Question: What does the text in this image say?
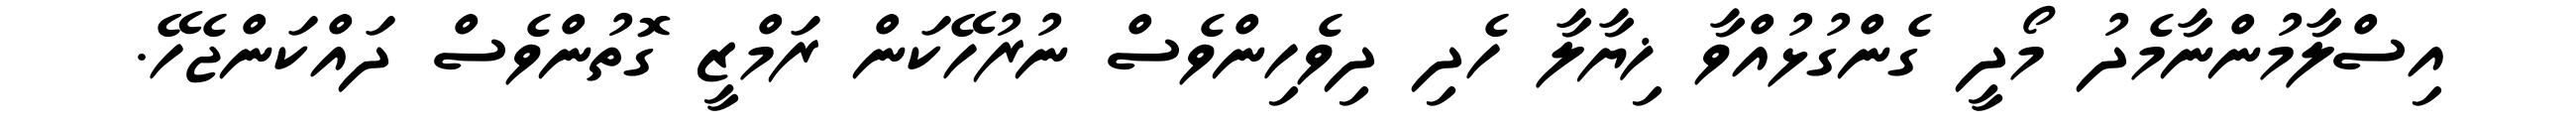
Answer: އިސްލާމުންނާމެދު މޯދީ ގެންގުޅުއްވާ ޚިޔާލާ ހެދި ދިވެހިންވެސް ނުރުހޭކަން ރަމްޒީ ގޮތުންވެސް ދައްކަންޖެހޭ.